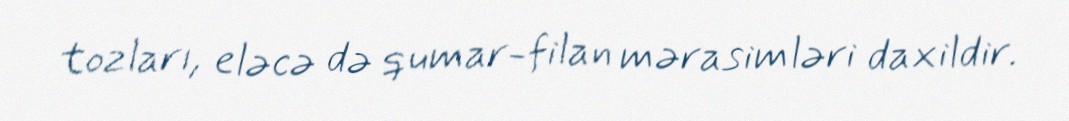
tozları, eləcə də qumar-filan mərasimləri daxildir.